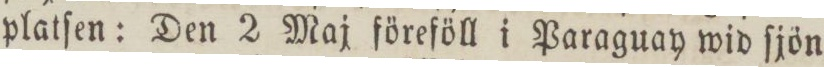
platſen: Den 2 Maj föreföll i Paraguay wid ſjön